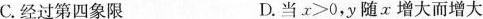
C.经过第四象限 D.当x>0，y随x增大而增大